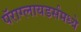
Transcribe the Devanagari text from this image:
पॅराग्लायडर्समध्ये